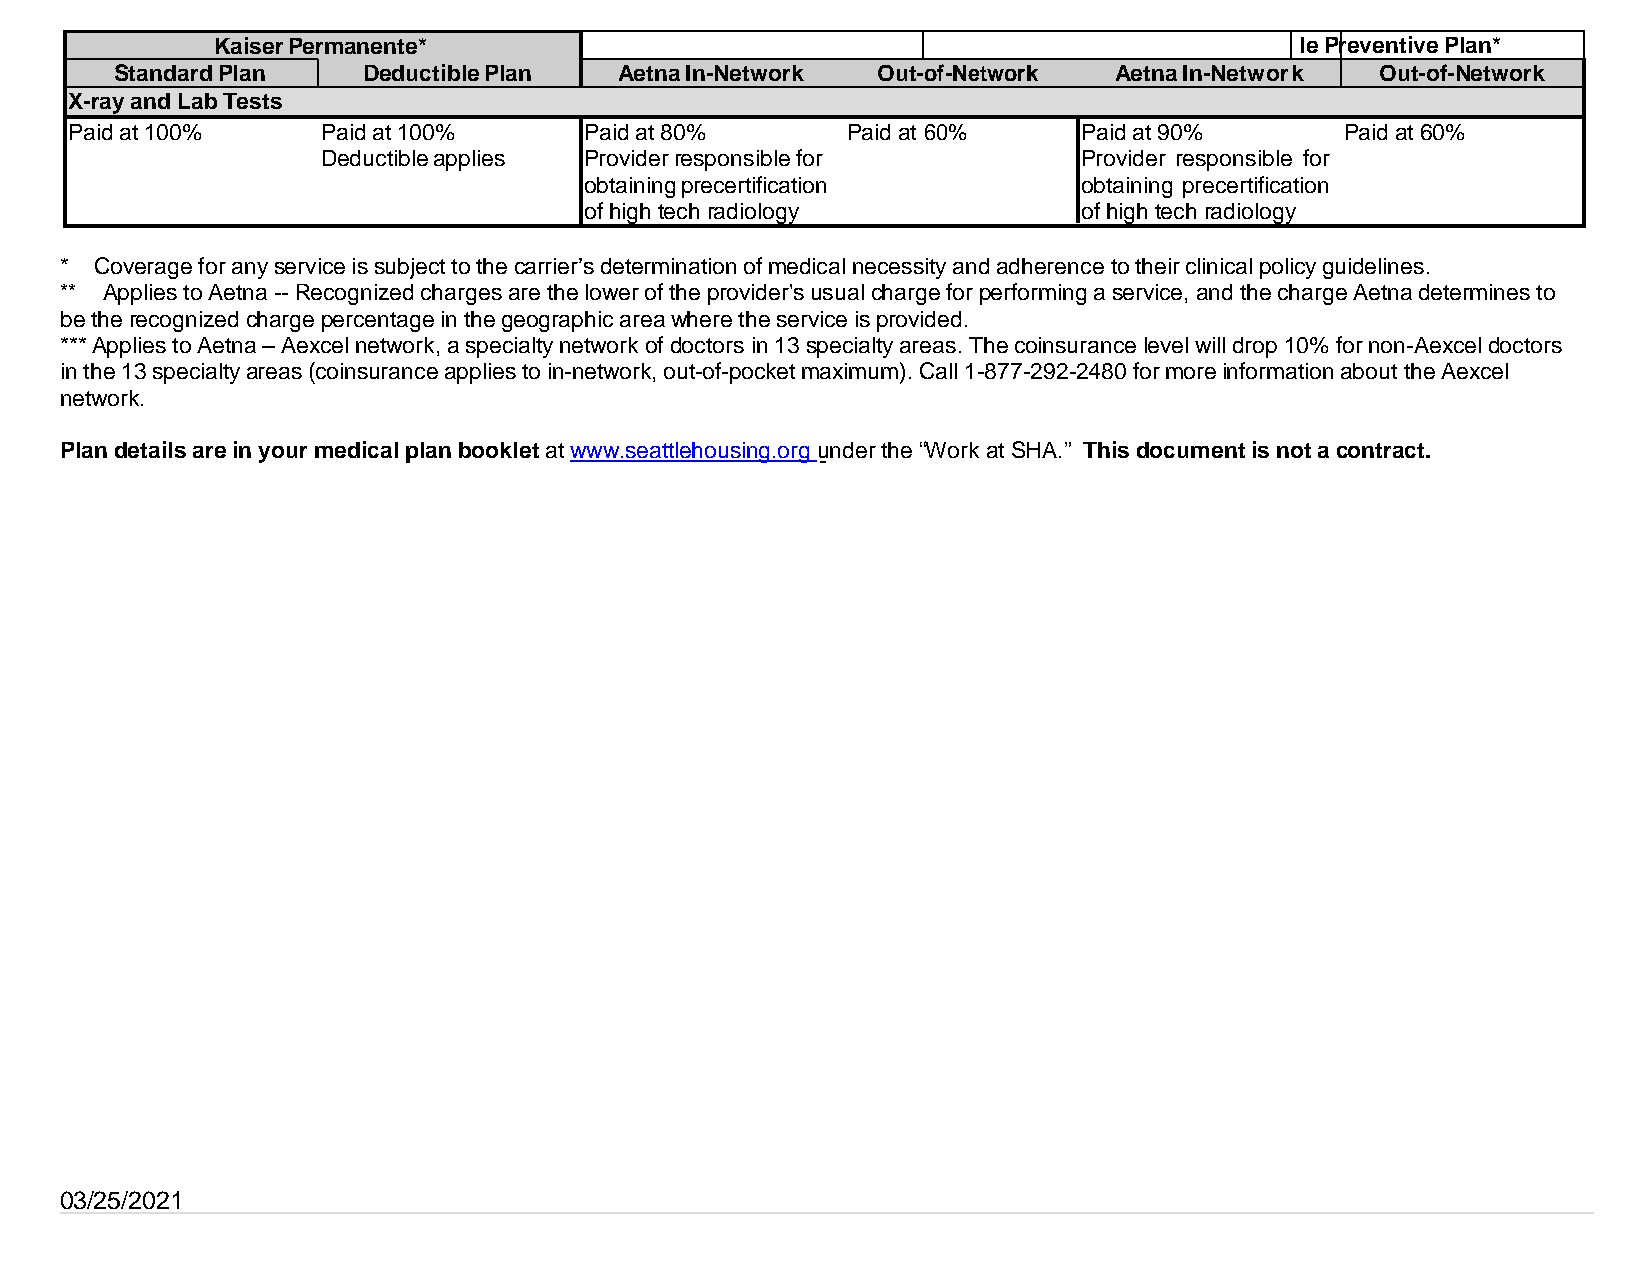
Kaiser Permanente*                                                      le Pr eventive Plan*
 Standard Plan   Deductible Plan  Aetna In-Network Out- of-Network Aetna In-Networ k Out-of-Network
 X-ray and Lab Tests
 Paid at 100%     Paid at 100%      Paid at 80%      Paid at 60%     Paid at 90%      Paid at 60%
 Deductible applies Provider responsible for        Provider responsible for
 obtaining precertification       obtaining precertification
 of high tech radiology           of high tech radiology
 * Coverage for any service is subject to the carrier’s determination of medical necessity and adherence to their clinical policy guidelines.
 ** Applies to Aetna -- Recognized charges are the lower of the provider's usual charge for performing a service, and the charge Aetna determines to
 be the recognized charge percentage in the geographic area where the service is provided.
 *** Applies to Aetna – Aexcel network, a specialty network of doctors in 13 specialty areas. The coinsurance level will drop 10% for non-Aexcel doctors
 in the 13 specialty areas (coinsurance applies to in-network, out-of-pocket maximum). Call 1-877-292-2480 for more information about the Aexcel
 network.
 Plan details are in your medical plan booklet at www.seattlehousing.org under the “Work at SHA.” This document is not a contract.
 03/25/2021